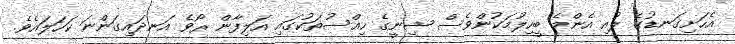
އެހަށިގަނޑުގެ ލުއި އެންމެ ބީހިލުމަކުންވެސް ޝިނީގެ ހިއްސުތަކުގައި އަލިފާން ރޯވެ އަނދައިގަންނަ ކަހަލައެވެ.